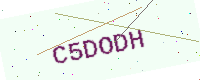
Text: C5DODH